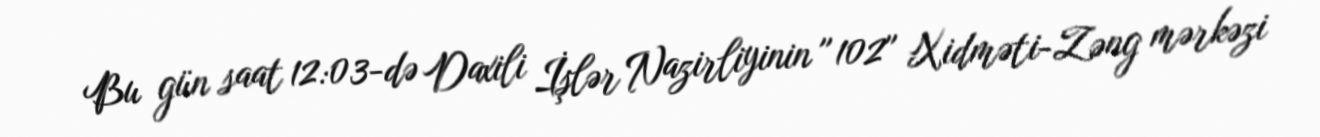
Bu gün saat 12:03-də Daxili İşlər Nazirliyinin ″102″ Xidməti-Zəng mərkəzi